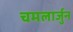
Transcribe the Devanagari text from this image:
चमलार्जुन